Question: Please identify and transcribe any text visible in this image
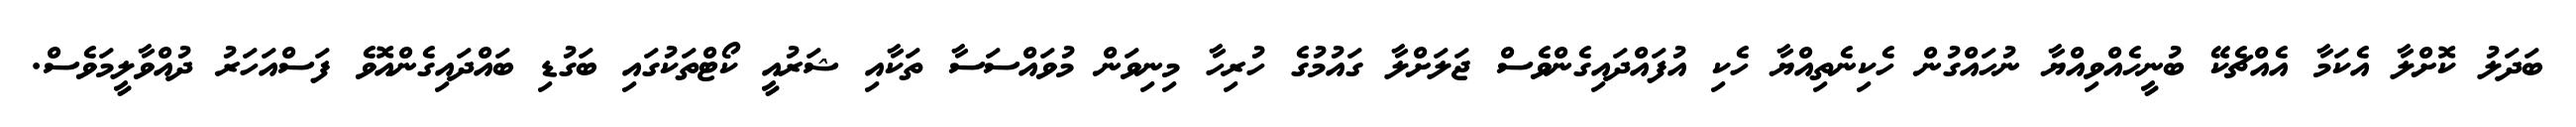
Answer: ބަދަލު ކޮށްލާ އެކަމާ އެއްޗެކޭ ބުނީހެއްވިއްޔާ ނުހައްގުން ހެކިނެތިއްޔާ ހެކި އުފައްދައިގެންވެސް ޖަލަށްލާ ގައުމުގެ ހުރިހާ މިނިވަން މުވައްސަސާ ތަކާއި ޝަރުއީ ކޯޓްތަކުގައި ބަގުޑި ބައްދައިގެންއޮވެ ފަސްއަހަރު ދުއްވާލީމަވެސް.